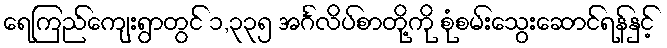
ရေကြည်ကျေးရွာတွင် ၁,၃၃၅ အင်္ဂလိပ်စာတို့ကို စုံစမ်းသွေးဆောင်ရန်နှင့်